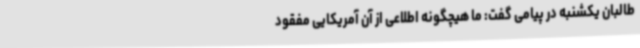
طالبان یکشنبه در پیامی گفت: ما هیچگونه اطلاعی از آن آمریکایی مفقود